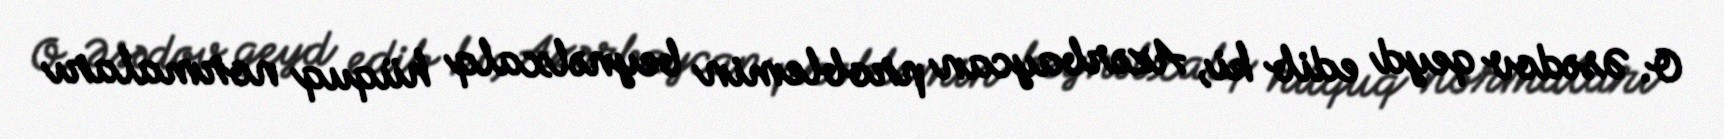
O. Əsədov qeyd edib ki, Azərbaycan problemin beynəlxalq hüquq normaları